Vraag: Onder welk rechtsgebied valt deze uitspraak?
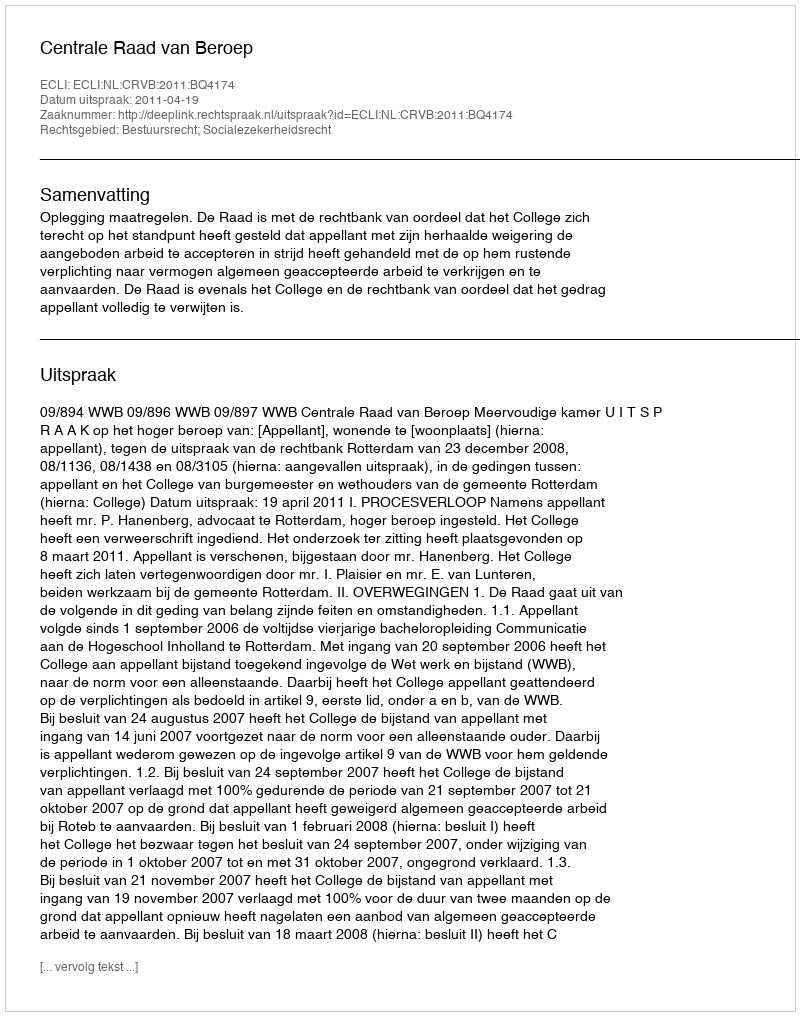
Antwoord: Bestuursrecht; Socialezekerheidsrecht